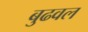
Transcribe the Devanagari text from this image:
बुढवल